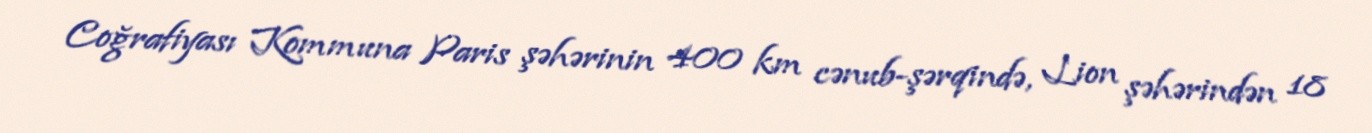
Coğrafiyası Kommuna Paris şəhərinin 400 km cənub-şərqində, Lion şəhərindən 18